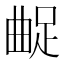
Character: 𨀲